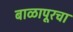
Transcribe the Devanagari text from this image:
बाळापूरचा